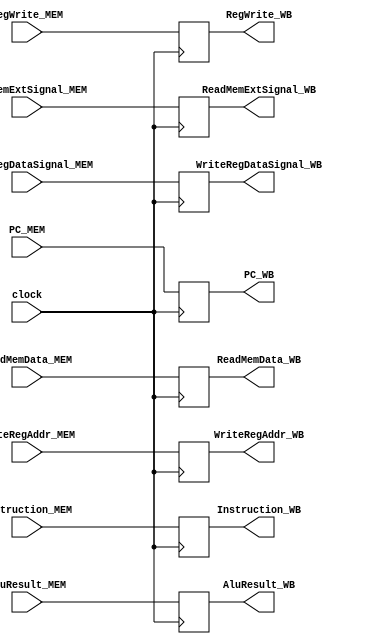
`timescale 1ns / 1ps
//////////////////////////////////////////////////////////////////////////////////
// Company: 
// Engineer: 
// 
// Design Name: 
// Module Name: MEM_WB
// Project Name: 
// Target Devices: 
// Tool Versions: 
// Description: 
// 
// Dependencies: 
// 
// Revision:
// Revision 0.01 - File Created
// Additional Comments:
// 
//////////////////////////////////////////////////////////////////////////////////


module MEM_WB(
    input clock,
    input           RegWrite_MEM,
    input [1:0]     WriteRegDataSignal_MEM,
    input [31:0]    ReadMemData_MEM,
    input [31:0]    AluResult_MEM,
    input [4:0]     WriteRegAddr_MEM,
    input [31:0] Instruction_MEM,
    input [3:0]  ReadMemExtSignal_MEM,
    input [31:0] PC_MEM,
    output reg      RegWrite_WB,
    output reg[1:0] WriteRegDataSignal_WB,
    output reg[31:0]ReadMemData_WB,
    output reg[31:0]AluResult_WB,
    output reg[4:0] WriteRegAddr_WB,
    output reg[31:0] Instruction_WB,
    output reg[3:0] ReadMemExtSignal_WB,
    output reg[31:0] PC_WB
    );
    
    always @(posedge clock) begin
        RegWrite_WB            <=   RegWrite_MEM           ;
        WriteRegDataSignal_WB  <=   WriteRegDataSignal_MEM ;
        ReadMemData_WB         <=   ReadMemData_MEM        ;
        AluResult_WB           <=   AluResult_MEM          ;
        WriteRegAddr_WB        <=   WriteRegAddr_MEM       ;
        Instruction_WB         <=   Instruction_MEM        ;
        ReadMemExtSignal_WB    <=   ReadMemExtSignal_MEM   ;
        PC_WB                  <=   PC_MEM;
    end
    
endmodule